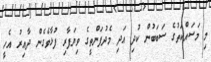
މި މަސައްކަތުގެ ސަބަބުން ކުދި އަދި މެދުފަންތީގެ ވިޔަފާރި ފުޅާވެގެން ދާއިރު އެހީ